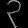
Digit: ၃